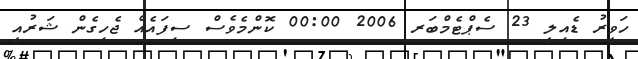
ހަވީރު ޑެއިލީ 23 ސެޕްޓެމްބަރ 2006 00:00 ކޮންމެވެސް ސިފައެއް ޖެހިގެން ޝަރުއީ